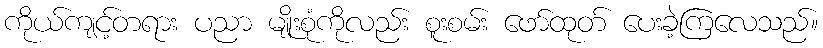
ကိုယ်ကျင့်တရား ပညာ မျိုးစုံကိုလည်း စူးစမ်း ဖော်ထုတ် ပေးခဲ့ကြလေသည်။